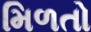
મિળતો